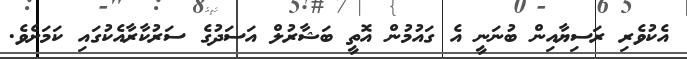
އެކުވެރި ރަސިޔާއިން ބުނަނީ އެ ގައުމުން އޮތީ ބަޝާރުލް އަސަދުގެ ސަރުކާރާއެކުގައި ކަމަށެވެ.